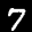
Digit: 7